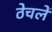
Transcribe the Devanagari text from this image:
ठेचलें